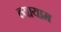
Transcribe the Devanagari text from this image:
व्‍यायाम